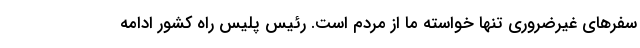
سفرهای غیرضروری تنها خواسته ما از مردم است. رئیس پلیس راه کشور ادامه